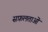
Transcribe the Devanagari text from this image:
सफ़लताओं